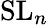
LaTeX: \mathrm{{SL}}_{n}